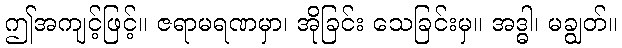
ဤအကျင့်ဖြင့်။ ဇရာမရဏမှာ၊ အိုခြင်း သေခြင်းမှ။ အဒ္ဓါ၊ မချွတ်။